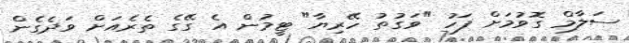
ސަލާމް ގޮވުމަށް ފަހު "ވަގުތު ހޭރިޔާ" ޓީމުން އެެ ގޭޭގެެ ތެެރެއަށް ވަދެގެން